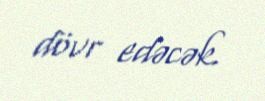
dövr edəcək.